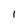
Character: I